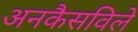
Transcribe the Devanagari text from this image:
अनकैसविले